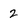
Character: 2